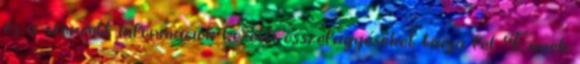
és a szerzett információk közötti összefüggéseket tárja fel. Ennek